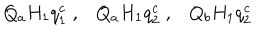
LaTeX: Q _ { a } H _ { 1 } q _ { 1 } ^ { c } \; , Q _ { a } H _ { 1 } q _ { 2 } ^ { c } \; , Q _ { b } H _ { 1 } q _ { 2 } ^ { c }